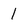
Character: 1